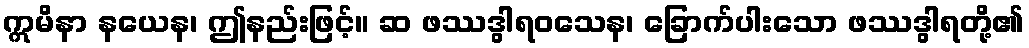
ဣမိနာ နယေန၊ ဤနည်းဖြင့်။ ဆ ဖဿဒွါရဝသေန၊ ခြောက်ပါးသော ဖဿဒွါရတို့၏